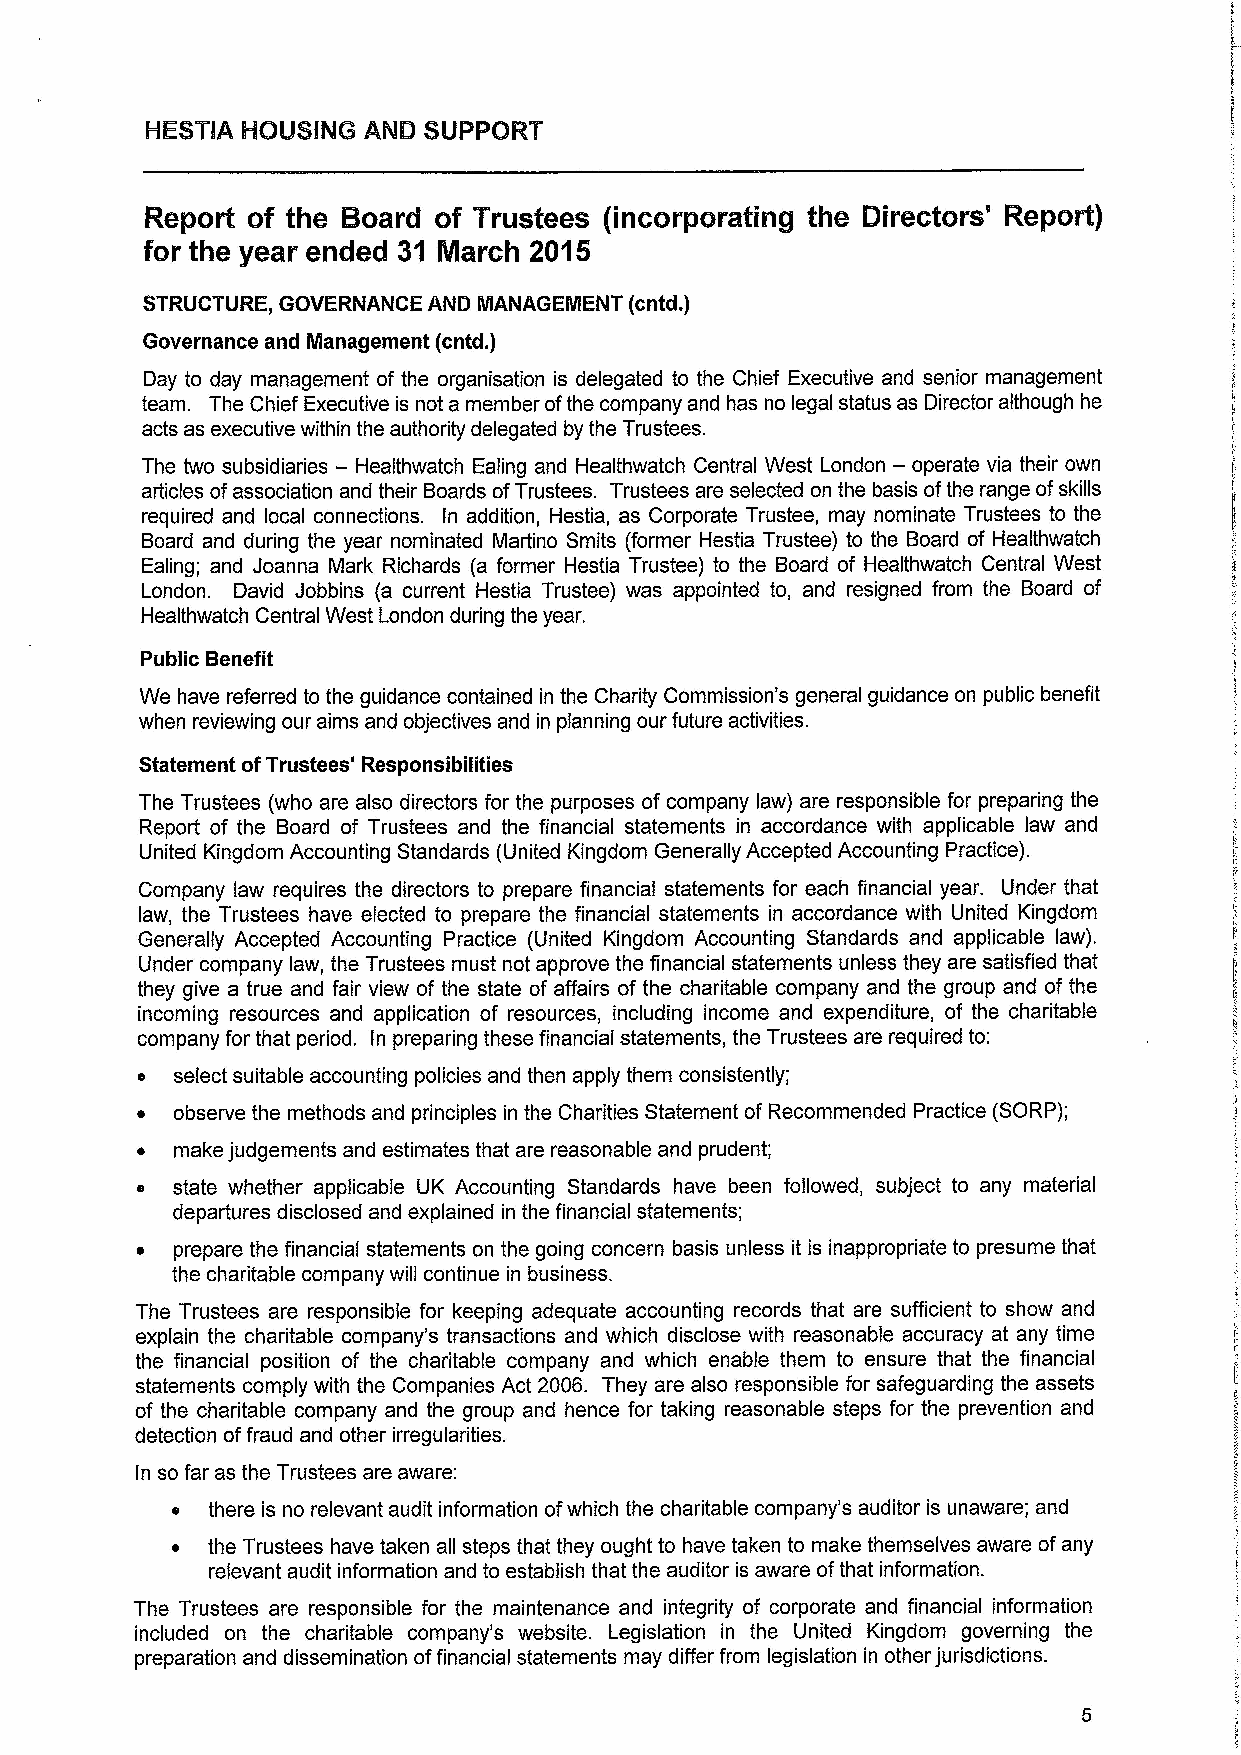
Report of the Board of Trustees (incorporating the Directors' Report)
 for the year ended 31 March 2015
 STRUCTURE, GOVERNANCE AND IIANAGEIIENT (cntd.)
 Governance and Management, (cntd.)
 Day to day management of the organisation is delegated to the Chief Executive and senior management
 team. The Chief Executive is not a member ofthe company and has no legal status as Director although he
 acts as executive within the authority delegated by the Trustees.
 The two subsidiaries — Healthwatch Ealing and Healthwatch Central West London — operate via their own
 articles ofassociation and their Boards ofTrustees. Trustees are selected on the basis ofthe range ofskills
 required and local connections. In addition, Hestia, as Corporate Trustee, may nominate Trustees to the
 Board and during the year nominated Martino Smits (former Hestia Trustee) to the Board of Healthwatch
 Ealing; and Joanna Mark Richards (a former Hestia Trustee) to the Board of Healthwatch Central West
 London. David Jobbins (a current Hestia Trustee) was appointed to, and resigned from the Board of
 Healthwatch Central West London during the year.
 Public Benefit
 We have referred to the guidance contained in the Charity Commission's general guidance on public benefit
 when reviewing our aims and objectives and in planning our future activities.
 Statement ofTrustees' Responsibilities
 The Trustees (who are also directors for the purposes of company law) are responsible for preparing the
 Report of the Board of Trustees and the financial statements in accordance with applicable law and
 United Kingdom Accounting Standards (United Kingdom Generally Accepted Accounting Practice).
 Company law requires the directors to prepare financial statements for each financial year. Under thai
 law, the Trustees have elected to prepare the financial statements in accordance with United Kingdom
 Generally Accepted Accounting Practice (United Kingdom Accounting Standards and applicable law).
 Under company law, the Trustees must not approve the financial statements unless they are satisfied that
 they give a true and fair view of the state of affairs of the charitable company and the group and of the
 incoming resources and application of resources, including income and expenditure, of the charitable
 company for that period. In preparing these financial statements, the Trustees are required to:
 select suitable accounting policies and then apply them consistently;
 ~ observe the methods and principles in the Charities Statement of Recommended Practice (SORP);
 make judgements and estimates that are reasonable and prudent;
 state whether applicable UK Accounting Standards have been followed, subject to any material
 departures disclosed and explained in the financial statements;
 prepare the financial statements on the going concern basis unless it is inappropriate to presume that
 the charitable company will continue in business.
 The Trustees are responsible for keeping adequate accounting records that are sufficient to show and
 explain the charitable company's transactions and which disclose with reasonable accuracy at any time
 the financial position of the charitable company and which enable them to ensure that the financial
 statements comply with the Companies Act 2006. They are also responsible for safeguarding the assets
 of the charitable company and the group and hence for taking reasonable steps for the prevention and
 detection offraud and other irregularities.
 In so far as the Trustees are aware:
 s  there is no relevant audit information ofwhich the charitable company's auditor is unaware; and
 the Trustees have taken all steps that they ought to have taken to make themselves aware ofany
 relevant audit information and to establish that the auditor is aware ofthat information.
 The Trustees are responsible for the maintenance and integrity of corporate and financial information
 included on the charitable company's website. Legislation in ihe United Kingdom governing the
 preparation and dissemination offinancial statements may differ from legislation in other jurisdictions.